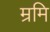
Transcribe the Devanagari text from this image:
म्रमि